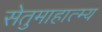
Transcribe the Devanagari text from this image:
सेतुमाहात्म्य